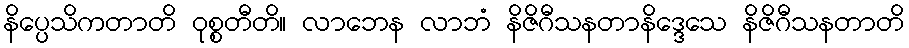
နိပ္ပေသိကတာတိ ဝုစ္စတီတိ။ လာဘေန လာဘံ နိဇိဂီသနတာနိဒ္ဒေသေ နိဇိဂီသနတာတိ